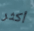
أكثر